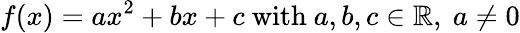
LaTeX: f(x)=ax^{2}+bx+c{\mathrm{~with~}}a,b,c\in\mathbb{R},\ a\neq 0